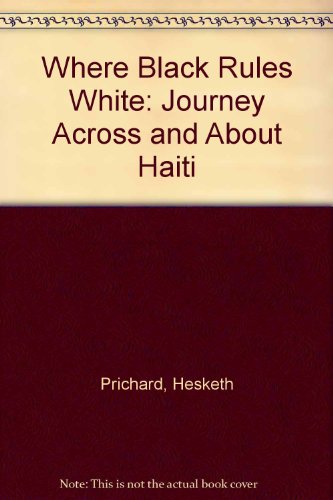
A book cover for Where Black Rules White: Journey Across and About Haiti; Hesketh Prichard; Travel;